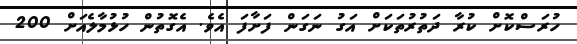
ހުރަސްކޮށް ކުރާ ދަތުރުތަކަށް އަގު ނަގަން ފަށާފަ އެވެ. އެގޮތުން ހުޅުމާލެއަށް 200